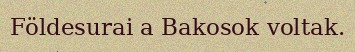
Földesurai a Bakosok voltak.